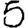
Digit: 5